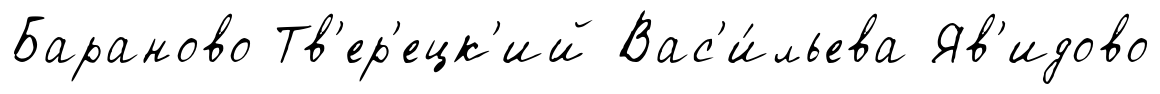
Бараново Тв'ер'ецк'ий Вас'и́льева Яв'идово